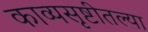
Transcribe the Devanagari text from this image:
काव्यसृष्टीतल्या